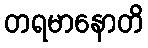
တရမာနောတိ